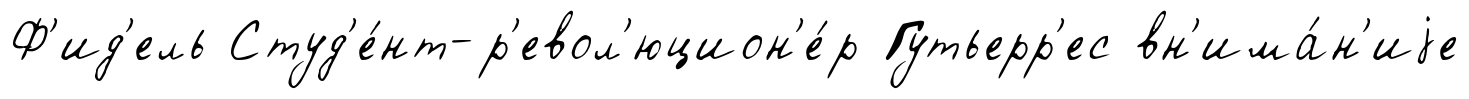
Ф'ид'ель Студ'е́нт-р'евол'юцион'е́р Гутьерр'ес вн'има́н'иjе